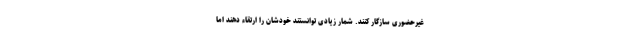
غیرحضوری سازگار کنند. شمار زیادی توانستند خودشان را ارتقاء دهند اما